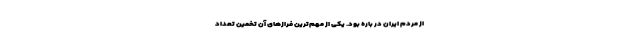
از مردم ایران در باره بود. یکی از مهم‌ترین فرازهای آن تخمین تعداد